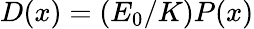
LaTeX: D(x)=(E_{0}/K)P(x)